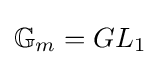
\mathbb {G} _{m}=GL_{1}